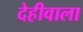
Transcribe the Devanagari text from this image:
देहीवाला